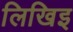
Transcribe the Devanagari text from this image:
लिखिइ